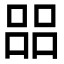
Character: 㗊